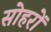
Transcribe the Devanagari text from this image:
सोहरों